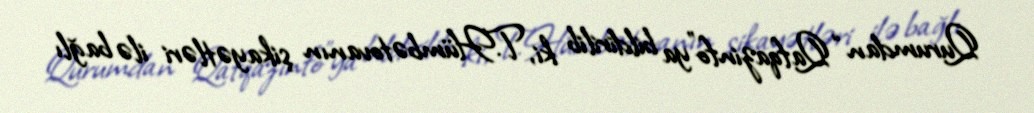
Qurumdan “Qafqazinfo”ya bildirilib ki, T.Hümbətovanın şikayətləri ilə bağlı